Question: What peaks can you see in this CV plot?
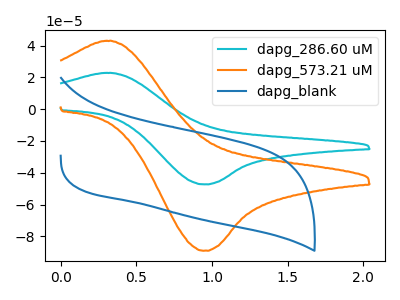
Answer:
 <answer>The cyan curve "dapg_286.60 uM" has an anodic peak at (0.35V, 22.85uA) and a cathodic peak at (0.95V, -47.30uA). The orange curve "dapg_573.21 uM" has an anodic peak at (0.35V, 43.05uA) and a cathodic peak at (0.95V, -89.05uA). The blue curve "dapg_blank" has no peaks.</answer>
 <eval></eval>